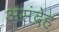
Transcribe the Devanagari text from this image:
असंदेह